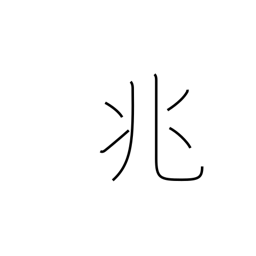
Meaning: portent